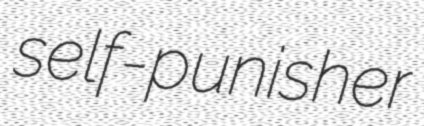
self-punisher